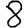
Digit: 8